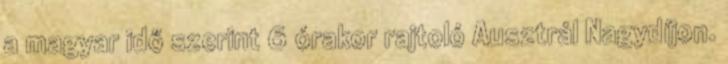
a magyar idő szerint 6 órakor rajtoló Ausztrál Nagydíjon.